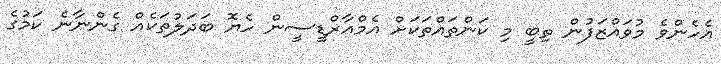
އެހެންވެ މުވައްޒަފުން ތިބީ މި ކަންތައްތަކަށް އެމްއާރްޑީސީން ހެޔޮ ބަދަލުތަކެއް ގެންނާނެ ކަމުގެ